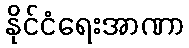
နိုင်ငံရေးအာဏာ